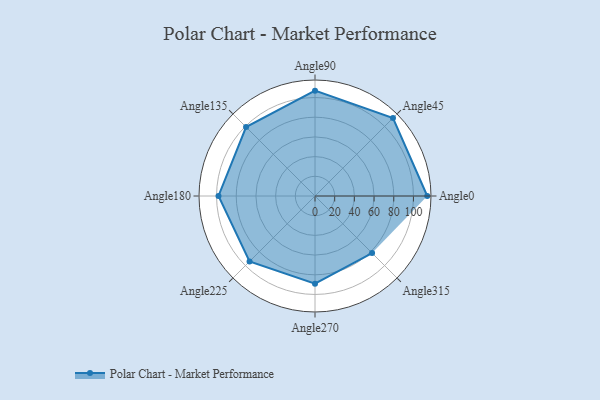
{"axis": {"x": "Angle", "y": "Radius"}, "legend": [""], "data": [{"x": "Angle0", "y": 114.0, "type": ""}, {"x": "Angle45", "y": 112.0, "type": ""}, {"x": "Angle90", "y": 107.0, "type": ""}, {"x": "Angle135", "y": 99.0, "type": ""}, {"x": "Angle180", "y": 98.0, "type": ""}, {"x": "Angle225", "y": 94.0, "type": ""}, {"x": "Angle270", "y": 89.0, "type": ""}, {"x": "Angle315", "y": 82.0, "type": ""}]}